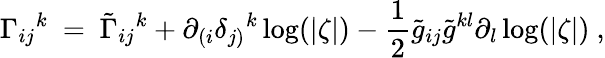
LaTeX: \Gamma_{ij}{}^{k}\ =\ \tilde{\Gamma}_{ij}{}^{k}+\partial_{(i}\delta_{j)}{}^{k}\log(|\zeta|)-\frac 12\tilde{g}_{ij}\tilde{g}^{kl}\partial_{l}\log(|\zeta|)~,